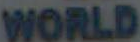
WORLD